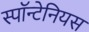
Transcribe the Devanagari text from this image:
स्पॉन्टेनियस